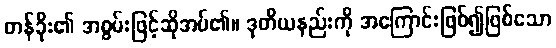
တန်ခိုး၏ အစွမ်းဖြင့်ဆိုအပ်၏။ ဒုတိယနည်းကို အကြောင်းဖြစ်၍ဖြစ်သော